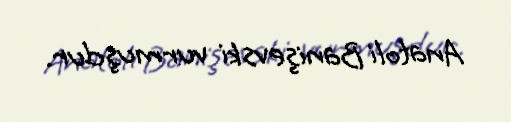
Anatoli Banişevski vurmuşdur.